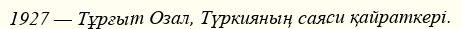
1927 — Тұрғыт Озал, Түркияның саяси қайраткері.